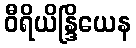
ဝီရိယိန္ဒြိယေန